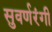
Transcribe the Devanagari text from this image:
सुवर्णरंगी